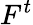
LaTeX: F^{t}